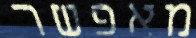
מאפשר